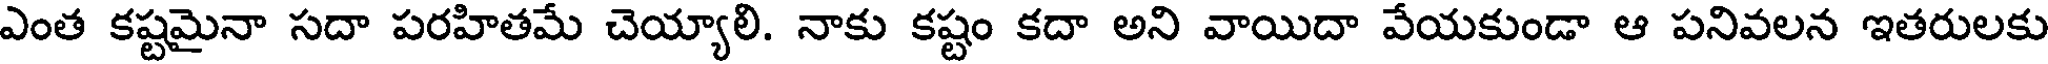
ఎంత కష్టమైనా సదా పరహితమే చెయ్యాలి. నాకు కష్టం కదా అని వాయిదా వేయకుండా ఆ పనివలన ఇతరులకు